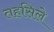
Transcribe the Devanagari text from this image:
तहसिले